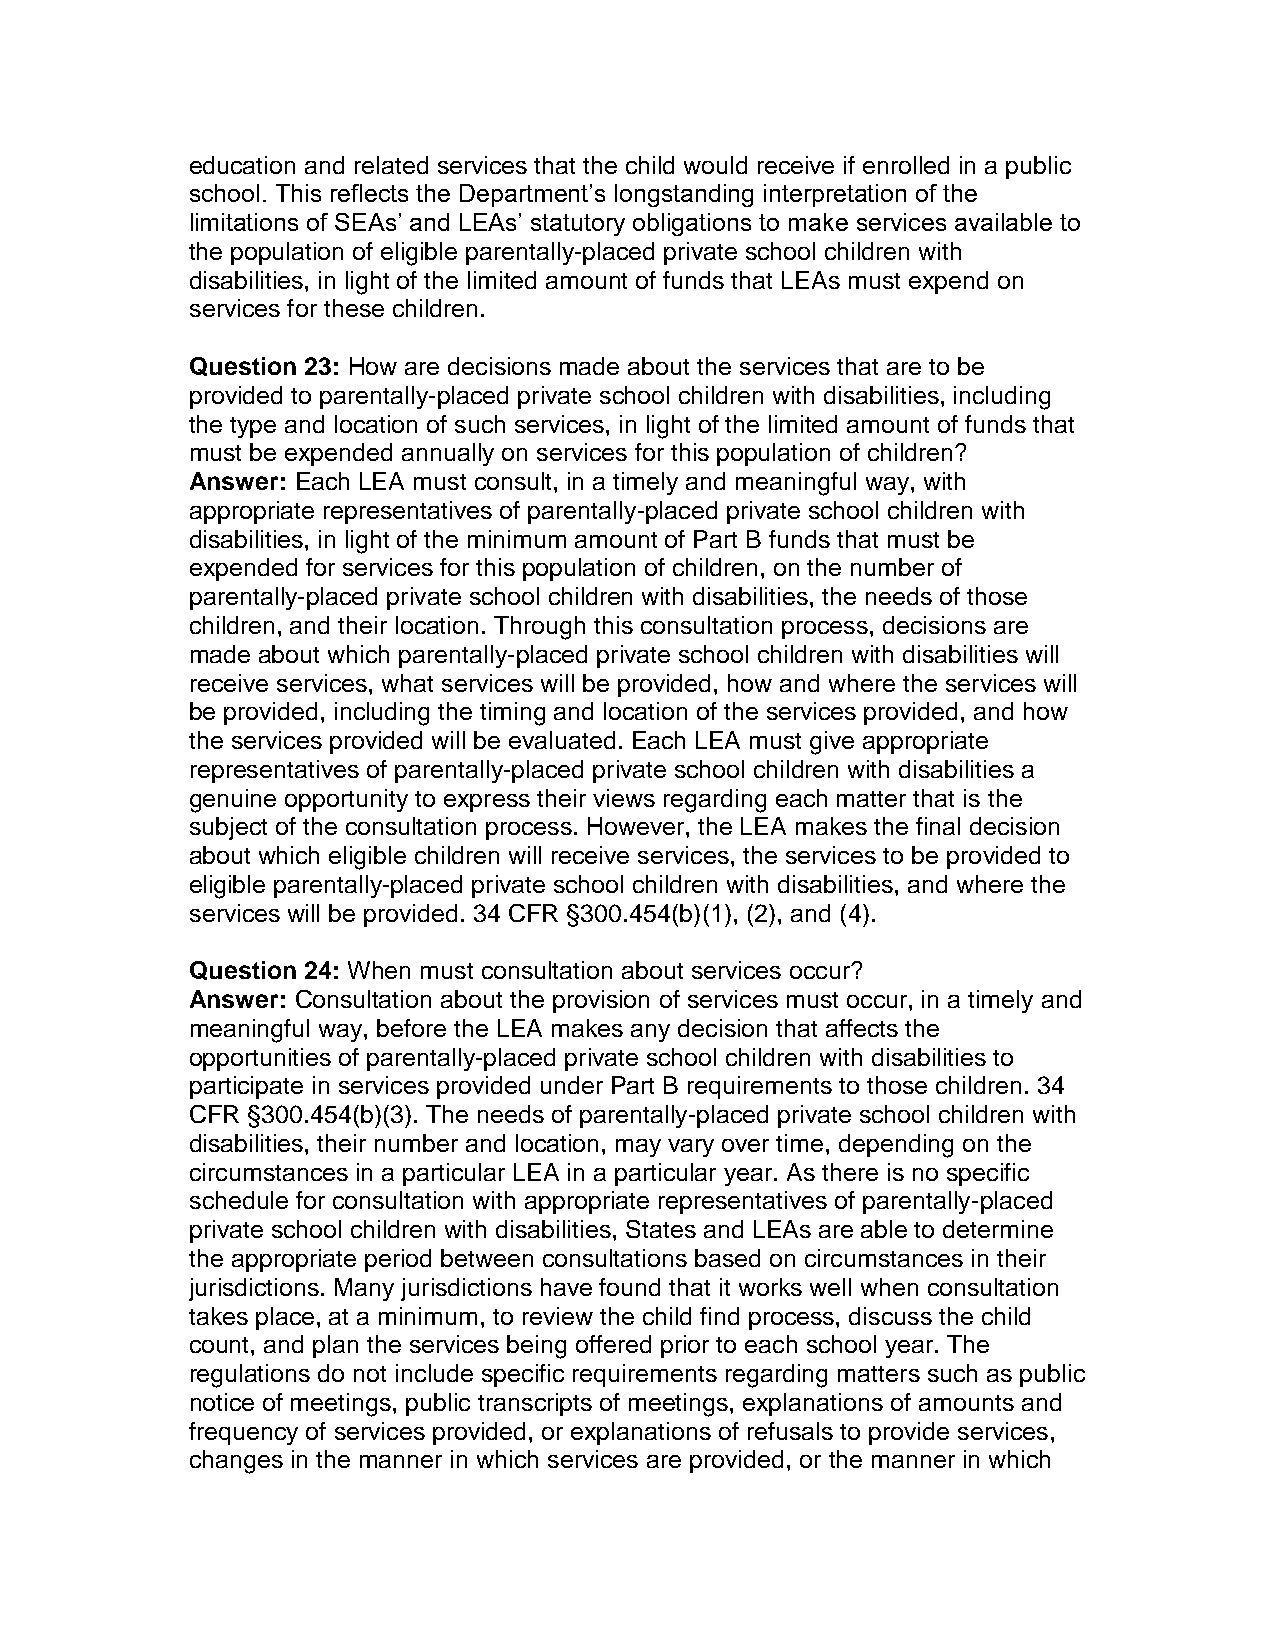
education and related services that the child would receive if enrolled in a public
 school. This reflects the Department’s longstanding interpretation of the
 limitations of SEAs’ and LEAs’ statutory obligations to make services available to
 the population of eligible parentally-placed private school children with
 disabilities, in light of the limited amount of funds that LEAs must expend on
 services for these children.
 Question 23: How are decisions made about the services that are to be
 provided to parentally-placed private school children with disabilities, including
 the type and location of such services, in light of the limited amount of funds that
 must be expended annually on services for this population of children?
 Answer: Each LEA must consult, in a timely and meaningful way, with
 appropriate representatives of parentally-placed private school children with
 disabilities, in light of the minimum amount of Part B funds that must be
 expended for services for this population of children, on the number of
 parentally-placed private school children with disabilities, the needs of those
 children, and their location. Through this consultation process, decisions are
 made about which parentally-placed private school children with disabilities will
 receive services, what services will be provided, how and where the services will
 be provided, including the timing and location of the services provided, and how
 the services provided will be evaluated. Each LEA must give appropriate
 representatives of parentally-placed private school children with disabilities a
 genuine opportunity to express their views regarding each matter that is the
 subject of the consultation process. However, the LEA makes the final decision
 about which eligible children will receive services, the services to be provided to
 eligible parentally-placed private school children with disabilities, and where the
 services will be provided. 34 CFR §300.454(b)(1), (2), and (4).
 Question 24: When must consultation about services occur?
 Answer: Consultation about the provision of services must occur, in a timely and
 meaningful way, before the LEA makes any decision that affects the
 opportunities of parentally-placed private school children with disabilities to
 participate in services provided under Part B requirements to those children. 34
 CFR §300.454(b)(3). The needs of parentally-placed private school children with
 disabilities, their number and location, may vary over time, depending on the
 circumstances in a particular LEA in a particular year. As there is no specific
 schedule for consultation with appropriate representatives of parentally-placed
 private school children with disabilities, States and LEAs are able to determine
 the appropriate period between consultations based on circumstances in their
 jurisdictions. Many jurisdictions have found that it works well when consultation
 takes place, at a minimum, to review the child find process, discuss the child
 count, and plan the services being offered prior to each school year. The
 regulations do not include specific requirements regarding matters such as public
 notice of meetings, public transcripts of meetings, explanations of amounts and
 frequency of services provided, or explanations of refusals to provide services,
 changes in the manner in which services are provided, or the manner in which